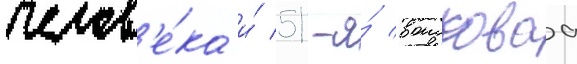
челов'е́ка и́ 51-я́ воисковаа